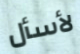
لأسأل